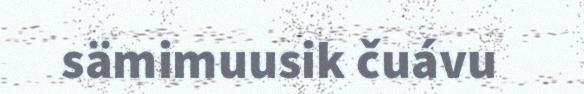
sämimuusik čuávu